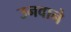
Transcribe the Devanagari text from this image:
उनवाने